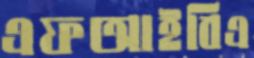
এফআইবিএ